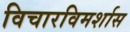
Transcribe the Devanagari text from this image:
विचारविमर्शास